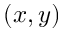
( x , y )